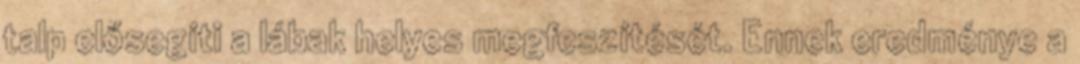
talp elősegíti a lábak helyes megfeszítését. Ennek eredménye a